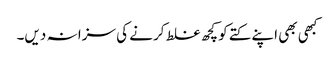
کبھی بھی اپنے کتے کو کچھ غلط کرنے کی سزا نہ دیں۔